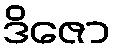
ဒိဇော